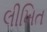
લીખિત